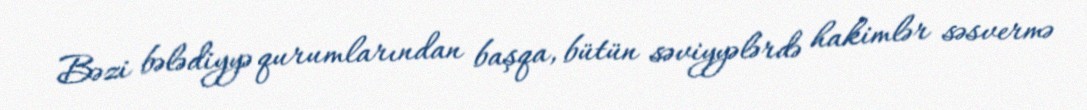
Bəzi bələdiyyə qurumlarından başqa, bütün səviyyələrdə hakimlər səsvermə